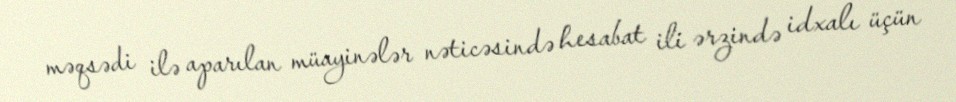
məqsədi ilə aparılan müayinələr nəticəsində hesabat ili ərzində idxalı üçün